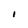
Character: I